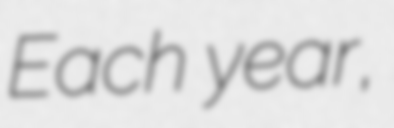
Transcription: Each year,